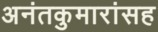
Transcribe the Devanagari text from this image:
अनंतकुमारांसह